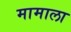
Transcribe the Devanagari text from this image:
मामाला